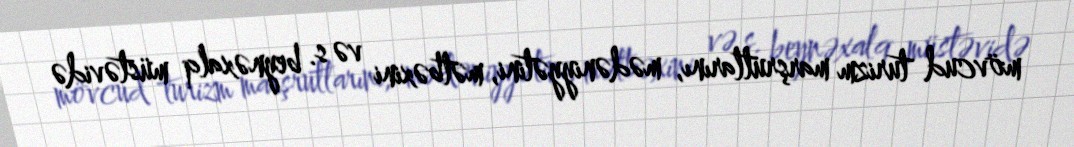
mövcud turizm marşrutlarını, mədəniyyətini, mətbəxini və s. beynəxalq müstəvidə